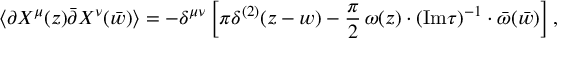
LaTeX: \langle \partial X ^ { \mu } ( z ) \bar { \partial } X ^ { \nu } ( \bar { w } ) \rangle = - \delta ^ { \mu \nu } \left[ \pi \delta ^ { ( 2 ) } ( z - w ) - { \frac { \pi } { 2 } } \, \omega ( z ) \cdot ( \mathrm { I m } \tau ) ^ { - 1 } \cdot \bar { \omega } ( \bar { w } ) \right] ,